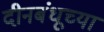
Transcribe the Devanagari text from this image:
दीनबंधूच्या